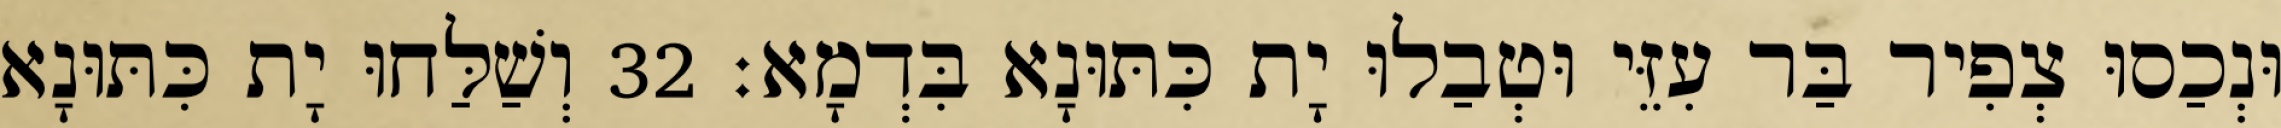
וּנְכַסוּ צְפִיר בַּר עִזֵּי וּטְבַלוּ יָת כִּתּוּנָא בִּדְמָא׃ 32 וְשַׁלַּחוּ יָת כִּתּוּנָא